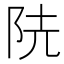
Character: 𨸪